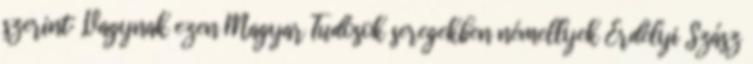
szerint: „Vagynak ezen Magyar Tudósok seregekben némellyek Erdélyi Szász